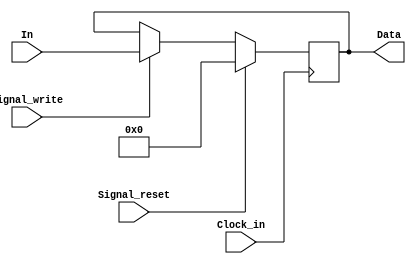
module pc(
			In,
			Signal_write,
			Signal_reset,
			Clock_in,
			Data
			);

input wire [31:0] In;
input wire Signal_write;
input wire Signal_reset;
input wire Clock_in;
output reg [31:0] Data;

always @( posedge Clock_in ) begin
//always @( posedge Clock_in ) begin
	//Reset the PC Counter
	if (Signal_reset) begin
		Data[31:0] <= 32'd0;
	end
	else begin 
		//Puting a new address on the pc
		if(Signal_write) begin
			Data[31:0] <= In[31:0];
		end
	end
end	


endmodule